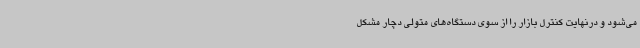
می‌شود و درنهایت کنترل بازار را از سوی دستگاه‌های متولی دچار مشکل